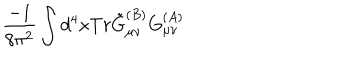
\frac { - 1 } { 8 \pi ^ { 2 } } \int d ^ { 4 } x T r \tilde { G } _ { \mu \nu } ^ { ( B ) } G _ { \mu \nu } ^ { ( A ) }